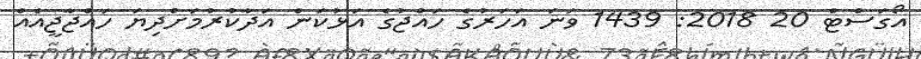
އޯގަސްޓް 20 2018: 1439 ވަނަ އަހަރުގެ ހައްޖުގެ އަޅުކަން އަދާކުރުމަށްދިޔަ ހައްޖާޖީއެއް